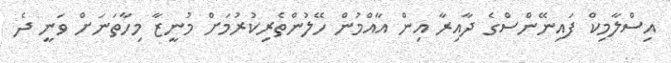
އިސްލާމިކް ފައިނޭންސްގެ ދާއިރާ އިން އާއްމުން ހޭލުންތެރިކުރުމަށް މުނީޒާ މިހާތަނަށް ވަނީ ދެ